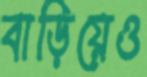
বাড়িয়েও